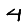
Digit: 4